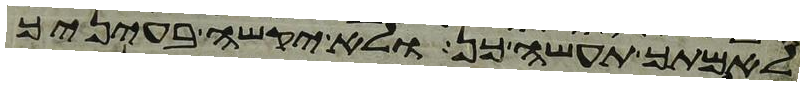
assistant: לאמתך תעשה כן ולא יקשה בעיניך